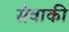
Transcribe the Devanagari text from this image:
सेवाकी